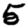
Digit: 5